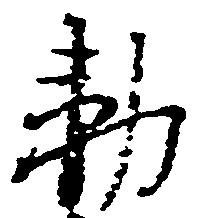
勅